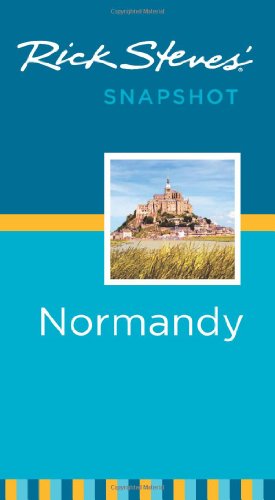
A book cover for Rick Steves' Snapshot Normandy; Rick Steves; History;